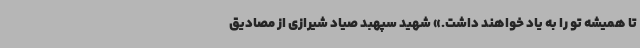
تا همیشه تو را به یاد خواهند داشت.» شهید سپهبد صیاد شیرازی از مصادیق